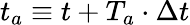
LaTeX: t_{a}\equiv t+{T_{a}}\cdot\Delta t